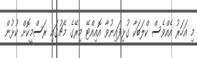
މި އަހަރު އެއްވެސް ކްލަބަކާ ގުޅިފައިނުވާ އޮއިއްޓޭ މިރޭގެ މެޗުގައި ރަސްމީކޮށް ކުޅުން